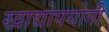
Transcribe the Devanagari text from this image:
खाद्योपयोगी